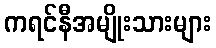
ကရင်နီအမျိုးသားများ